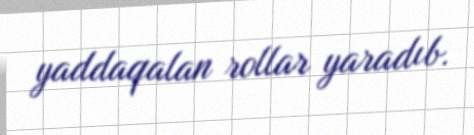
yaddaqalan rollar yaradıb.